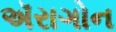
ઍરાગોન